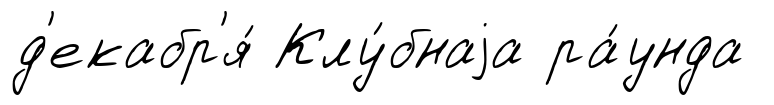
д'екабр'я́ Клу́бнаjа ра́унда